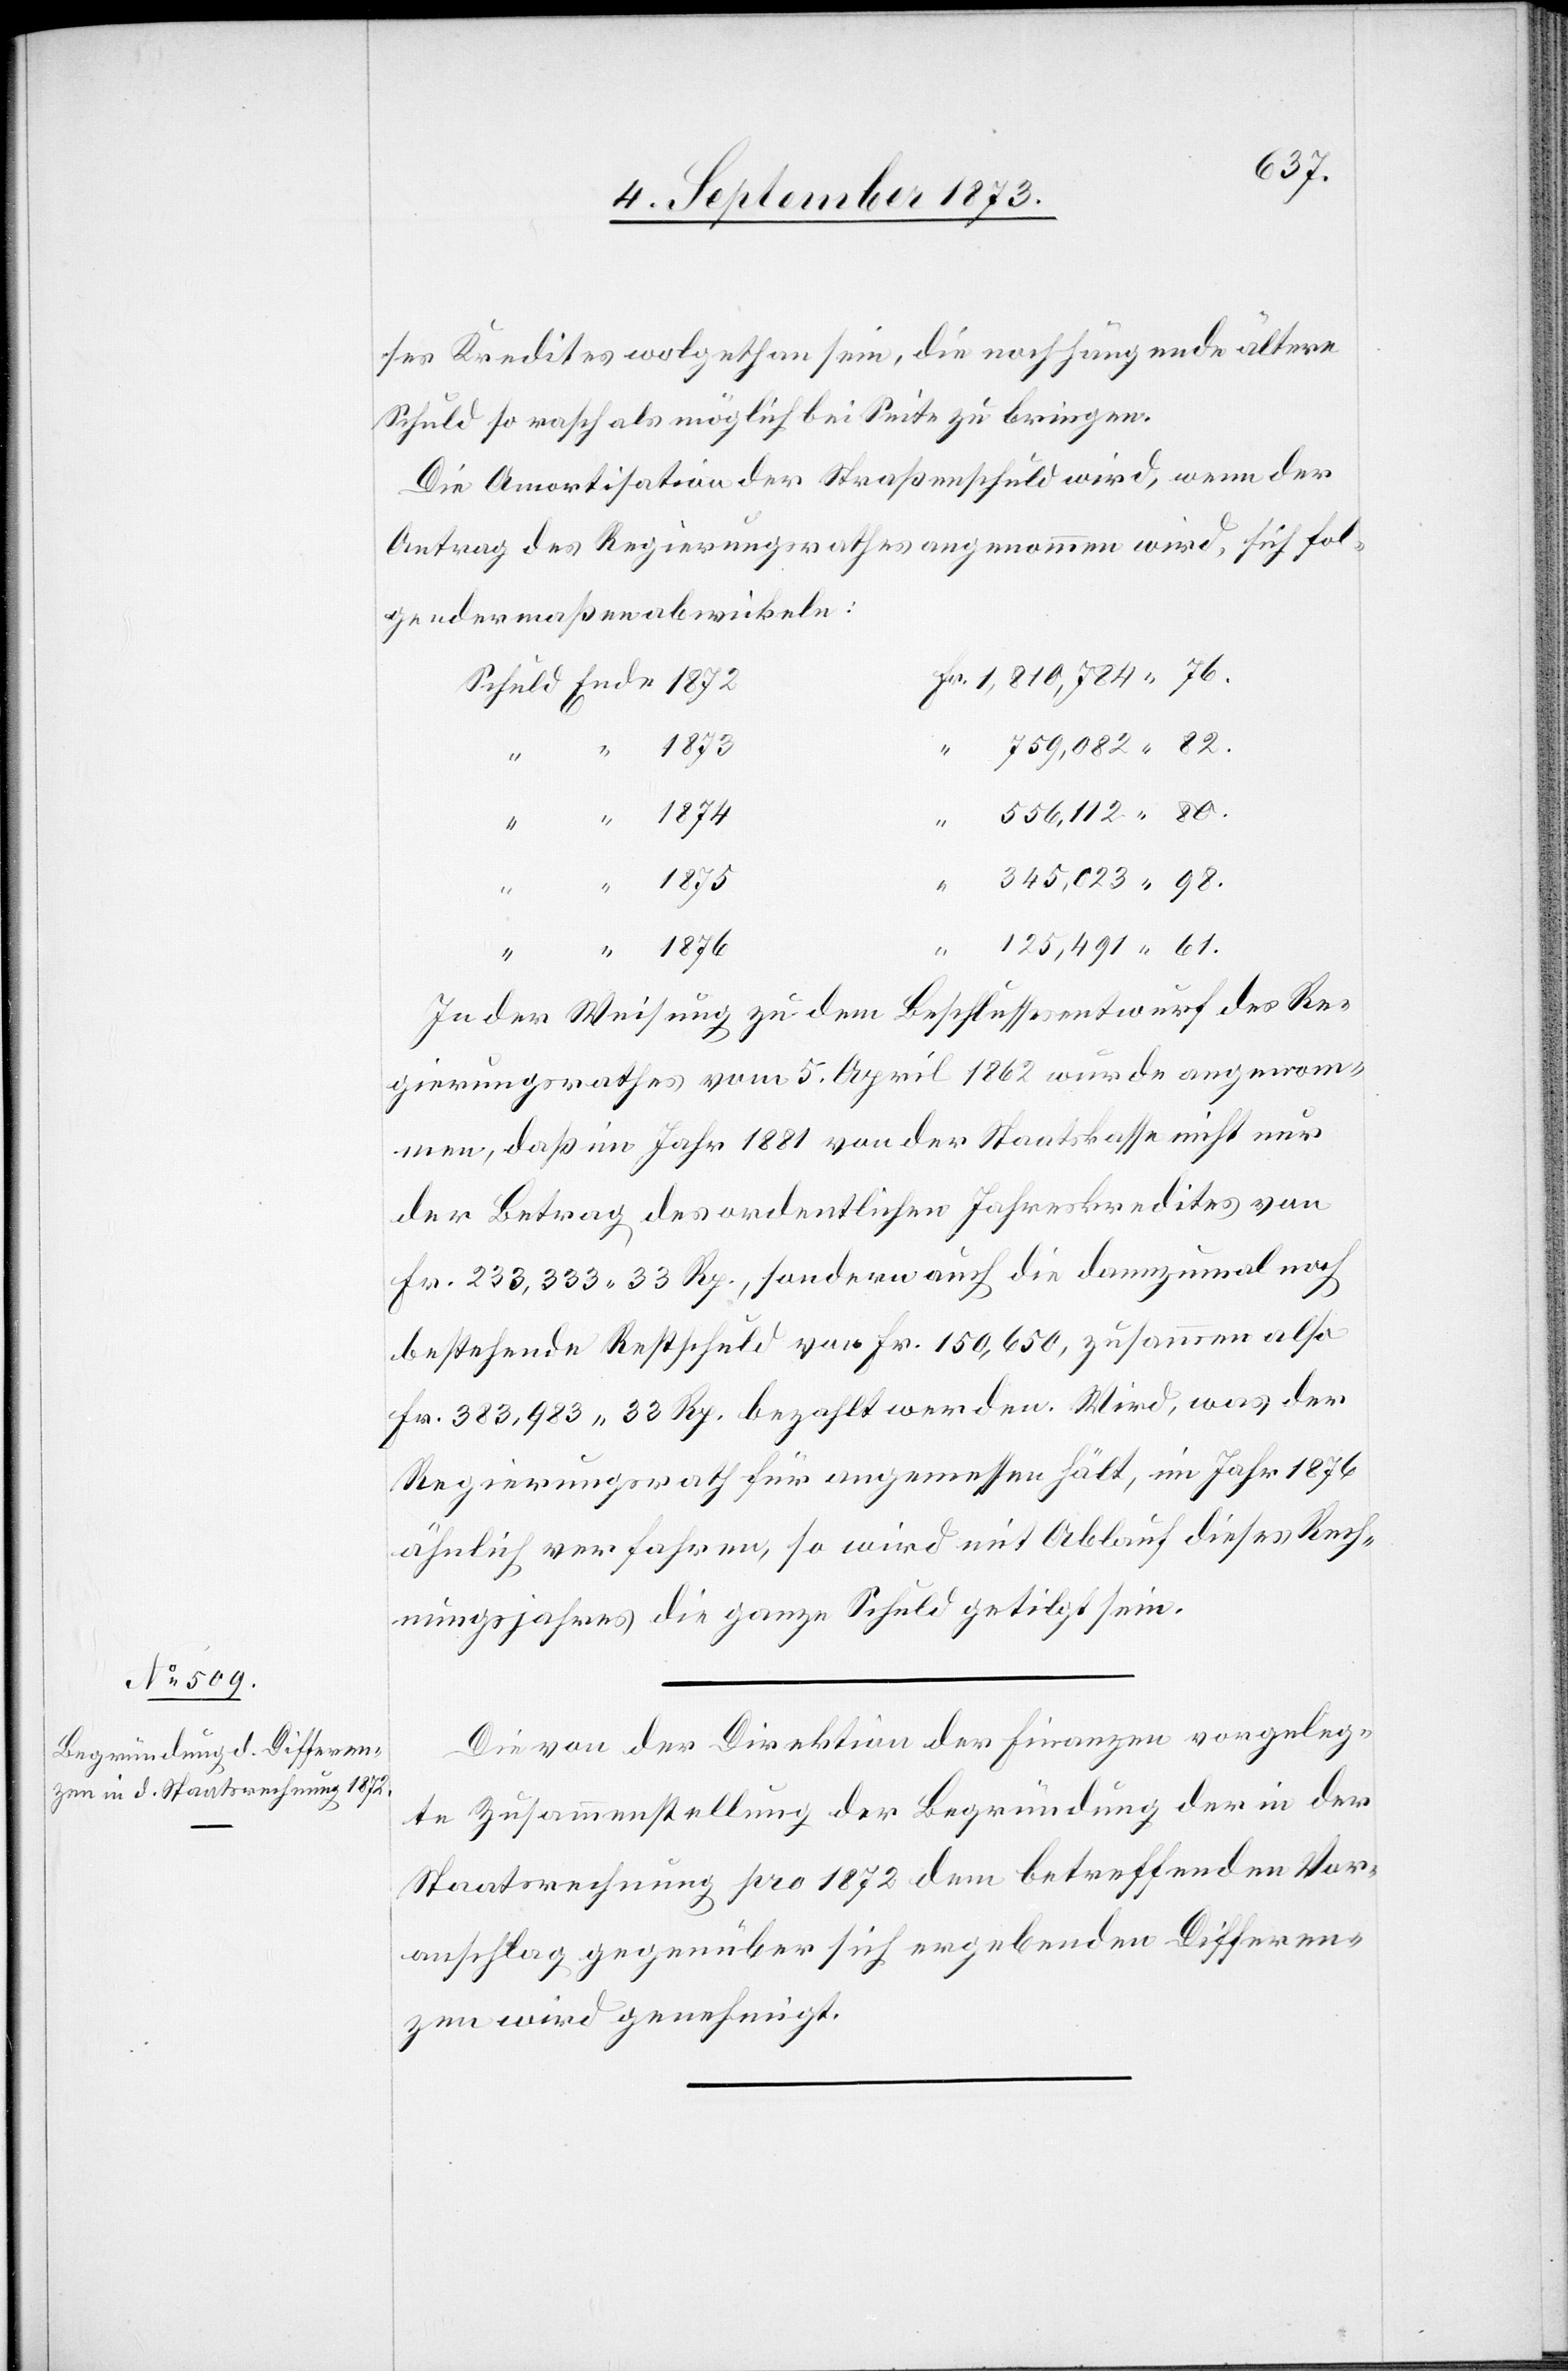
1876
ses Kredites wohlgethan sein, die noch hängende ältere
Schuld so rasch als möglich bei Seite zu bringen.
Die Amortisation der Straßenschuld wird, wenn der
Antrag des Regierungsrathes angenommen wird, sich fol¬
gendermaßen abwickeln:
1,810,784 76.
“
556,112 80.
82.
345,023 98.
125,491 61.
Fr.
In der Weisung zu dem Beschlussesentwurf des Re¬
gierungsrathes vom 5. April 1862 wurde angenom¬
men, daß im Jahr 1881 von der Staatskasse nicht nur
der Betrag des ordentlichen Jahreskredites von
Fr. 233,333 33 Rp., sondern auch die dannzumal noch
bestehende Restschuld von Fr. 150,650, zusammen also
Fr. 383,983 33 Rp. bezahlt werden. Wird, was der
Regierungsrath für angemessen hält, im Jahr 1876
ähnlich verfahren, so wird mit Ablauf dieses Rech¬
nungsjahres die ganze Schuld getilgt sein.
Die von der Direktion der Finanzen vorgeleg¬
te Zusammenstellung der Begründung der in der
Staatsrechnung pro 872 dem betreffenden Vor¬
anschlag gegenüber sich ergebenden Differen¬
zen wird genehmigt.